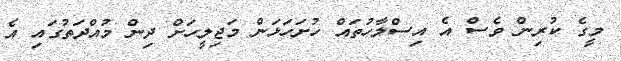
މީގެ ކުރިން ވެސް އެ އިސްލާހުތައް ހުށަހަޅަން މަޖިލީހަށް ދިން މުއްދަތުގައި އެ